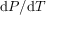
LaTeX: \mathrm { d } P / \mathrm { d } T